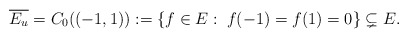
\begin{align*}\overline{E_u} = C_0((-1,1)) := \{f \in E: \; f(-1) = f(1) = 0\}\subsetneq E.\end{align*}